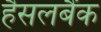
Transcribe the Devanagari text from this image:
हैसलबैंक